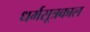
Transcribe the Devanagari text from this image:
धर्मसूत्रकाल